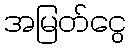
အမြတ်ငွေ